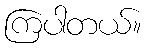
ကြပါတယ်။